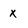
Character: x